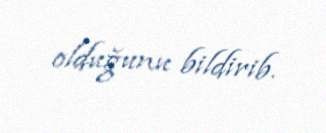
olduğunu bildirib.